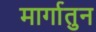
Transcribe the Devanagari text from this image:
मार्गातुन